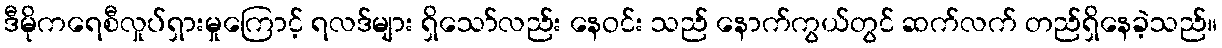
ဒီမိုကရေစီလှုပ်ရှားမှုကြောင့် ရလဒ်များ ရှိသော်လည်း နေဝင်း သည် နောက်ကွယ်တွင် ဆက်လက် တည်ရှိနေခဲ့သည်။